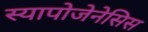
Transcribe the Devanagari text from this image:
स्यापोजेनेसिस